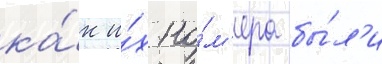
ка́к и́х но́м'ера бы́л'и